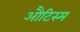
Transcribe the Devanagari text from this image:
औटिस्म